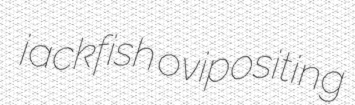
jackfish ovipositing